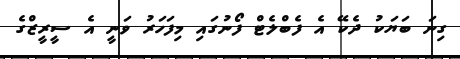
ގިނަ ބަޔަކު ދެކޭ އެ ފެބްލެޓް ފޯނުގައި މިފަހަރު ވަނީ އެ ސީރީޒްގެ